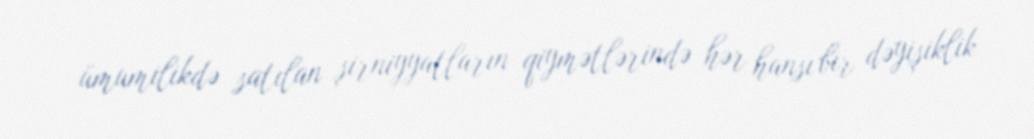
ümumilikdə satılan şirniyyatların qiymətlərində hər hansı bir dəyişiklik